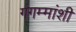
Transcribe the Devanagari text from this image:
गंगम्मांशी